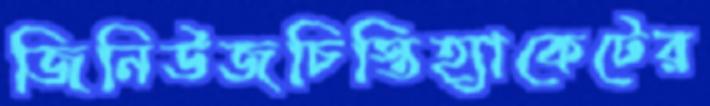
জিনিউজচিস্তিহ্যাকেটের